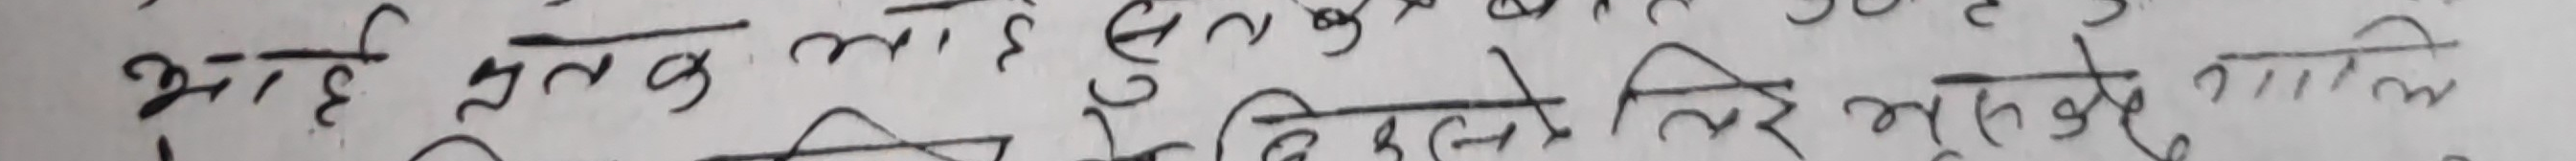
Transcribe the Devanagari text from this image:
भरि हे, तब लामो, सुईनु केहि ठिक हुने, लिए मुझो गालिम